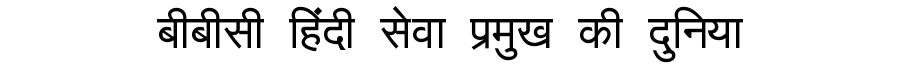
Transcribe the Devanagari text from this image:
बीबीसी हिंदी सेवा प्रमुख की दुनिया